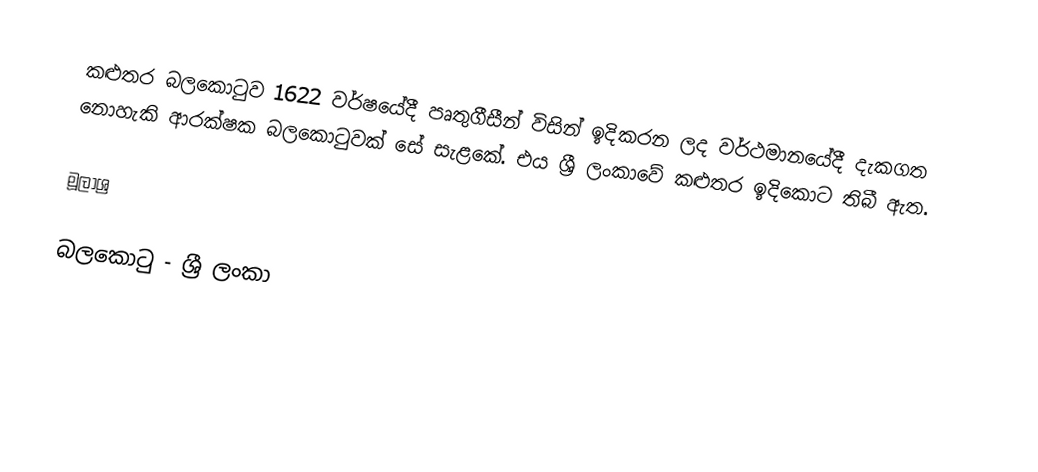
කළුතර බලකොටුව 1622 වර්ෂයේදී පෘතුගීසීන් විසින් ඉදිකරන ලද වර්ථමානයේදී දැකගත නොහැකි ආරක්ෂක බලකොටුවක් සේ සැළකේ. එය ශ්‍රී ලංකාවේ කළුතර ඉදිකොට තිබී ඇත.

මූලාශ්‍ර

බලකොටු - ශ්‍රී ලංකා